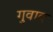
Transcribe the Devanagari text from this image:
गुवाब